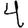
Digit: 4